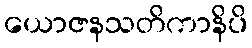
ယောဇနသတိကာနိပိ